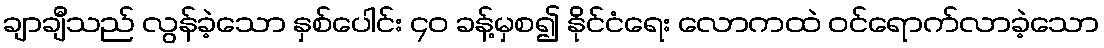
ချာချီသည် လွန်ခဲ့သော နှစ်ပေါင်း ၄၀ ခန့်မှစ၍ နိုင်ငံရေး လောကထဲ ဝင်ရောက်လာခဲ့သော